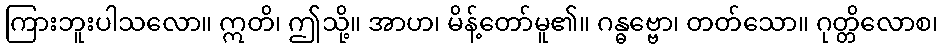
ကြားဘူးပါသလော။ ဣတိ၊ ဤသို့။ အာဟ၊ မိန့်တော်မူ၏။ ဂန္ဓဗ္ဗော၊ တတ်သော။ ဂုတ္တိလောစ၊